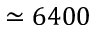
\simeq 6 4 0 0